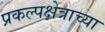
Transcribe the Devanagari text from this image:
प्रकल्पक्षेत्राच्या